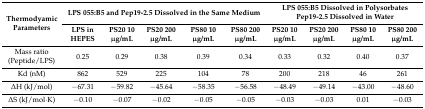
<table><thead><tr><td rowspan="2"><b>Thermodyamic Parameters</b></td><td colspan="5"><b>LPS 055:B5 and Pep19-2.5 Dissolved in the Same Medium</b></td><td colspan="4"><b>LPS 055:B5 Dissolved in Polysorbates Pep19-2.5 Dissolved in Water</b></td></tr><tr><td><b>LPS in HEPES</b></td><td><b>PS20 10 μg/mL</b></td><td><b>PS20 200 μg/mL</b></td><td><b>PS80 10 μg/mL</b></td><td><b>PS80 200 μg/mL</b></td><td><b>PS20 10 μg/mL</b></td><td><b>PS20 200 μg/mL</b></td><td><b>PS80 10 μg/mL</b></td><td><b>PS80 200 μg/mL</b></td></tr></thead><tbody><tr><td>Mass ratio (Peptide/LPS)</td><td>0.25</td><td>0.29</td><td>0.38</td><td>0.39</td><td>0.34</td><td>0.33</td><td>0.32</td><td>0.40</td><td>0.37</td></tr><tr><td>Kd (nM)</td><td>862</td><td>529</td><td>225</td><td>104</td><td>78</td><td>200</td><td>218</td><td>46</td><td>261</td></tr><tr><td>ΔH (kJ/mol)</td><td>−67.31</td><td>−59.82</td><td>−45.64</td><td>−58.35</td><td>−56.58</td><td>−48.49</td><td>−49.14</td><td>−43.00</td><td>−48.60</td></tr><tr><td>ΔS (kJ/mol·K)</td><td>−0.10</td><td>−0.07</td><td>−0.02</td><td>−0.05</td><td>−0.05</td><td>−0.03</td><td>−0.03</td><td>0.01</td><td>−0.03</td></tr></tbody></table>